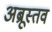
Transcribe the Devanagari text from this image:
अब्रूस्तव